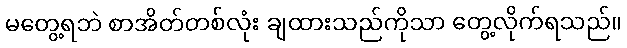
မတွေ့ရဘဲ စာအိတ်တစ်လုံး ချထားသည်ကိုသာ တွေ့လိုက်ရသည်။